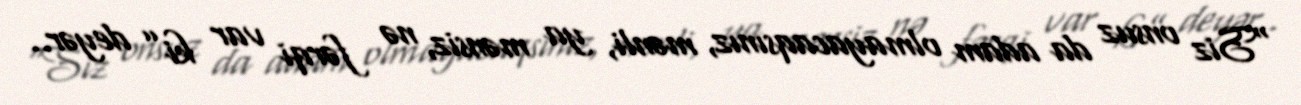
“Siz onsuz da adam olmayacaqsınız, mənli, ya mənsiz, nə fərqi var ki” deyər..